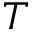
T